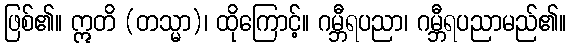
ဖြစ်၏။ ဣတိ (တသ္မာ)၊ ထိုကြောင့်။ ဂမ္ဘီရပညာ၊ ဂမ္ဘီရပညာမည်၏။